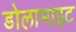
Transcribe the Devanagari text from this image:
डोलामाइट